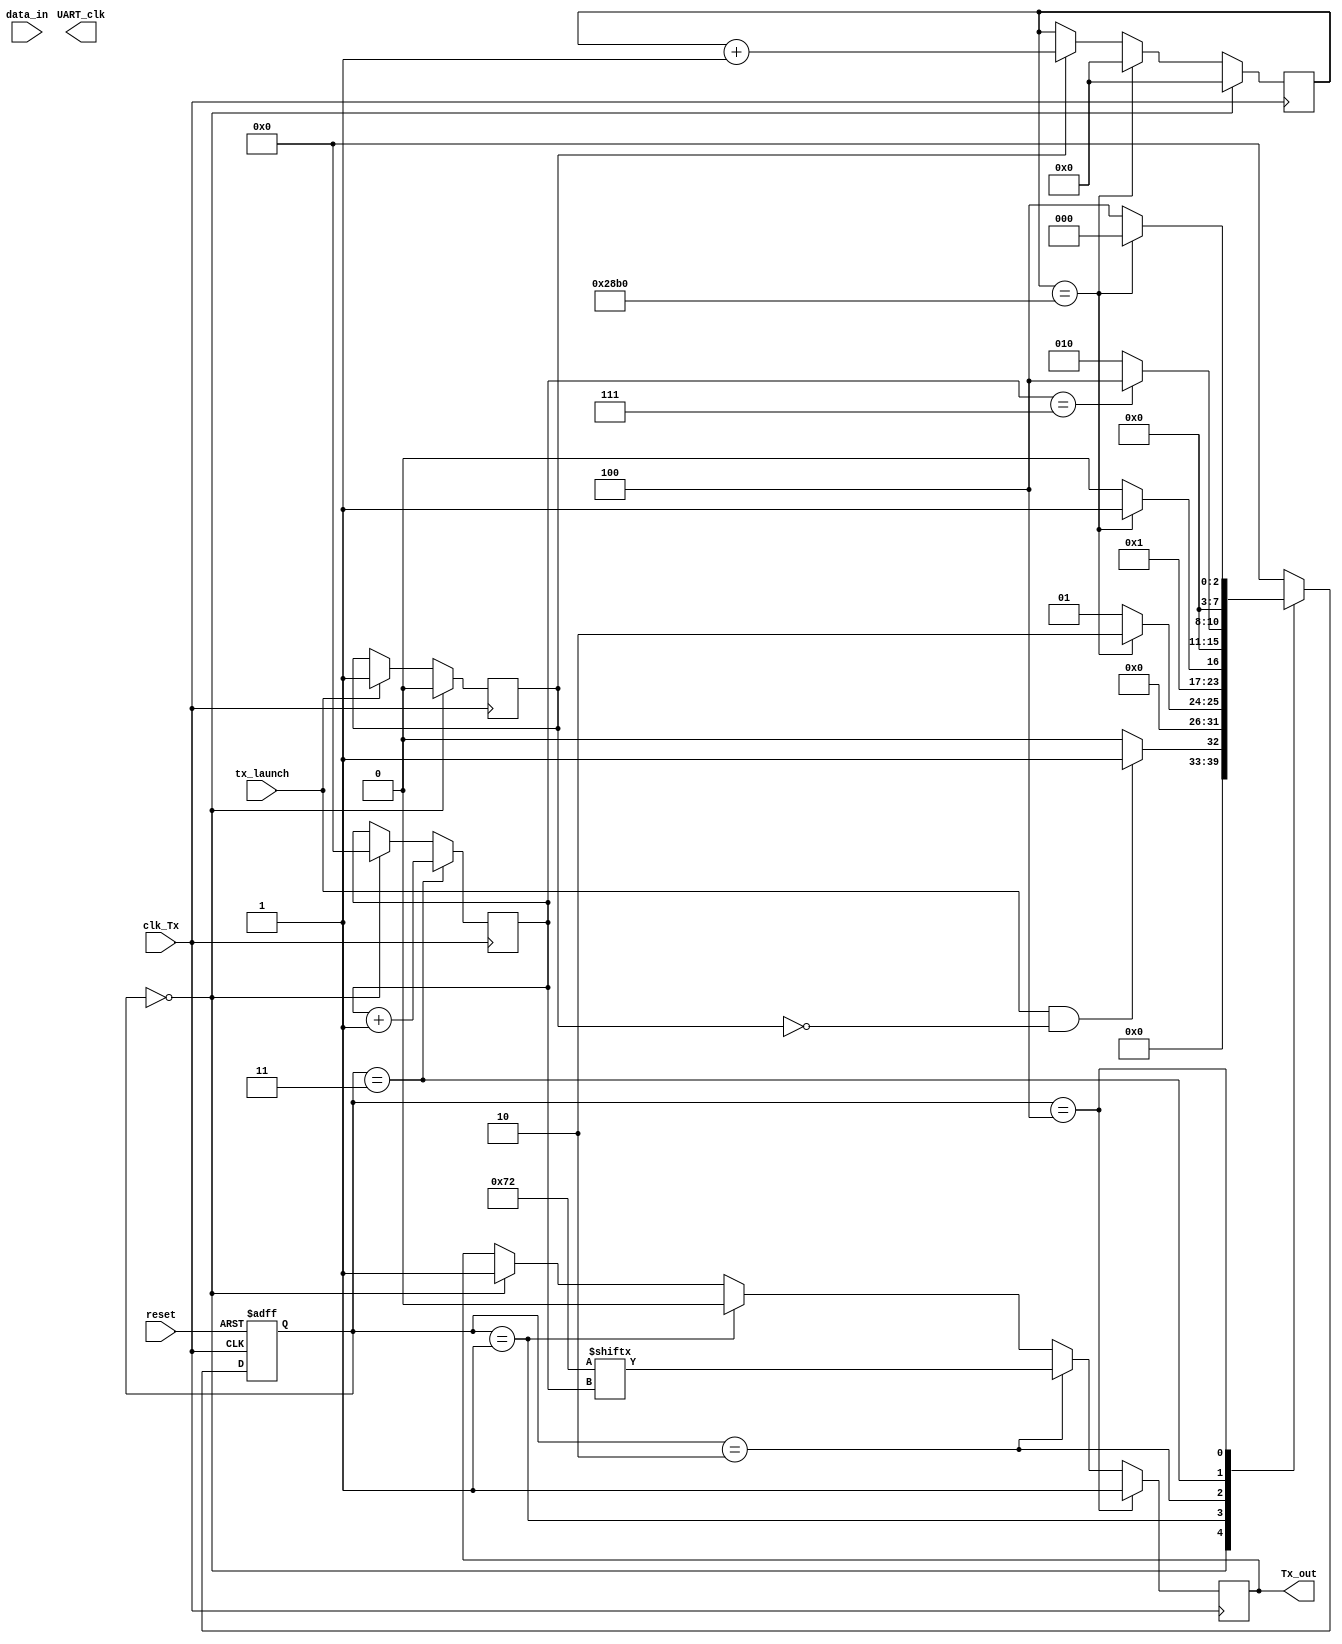
///////////////////////////////////////////////////////////
// Name File : UART_Tx.v 											//
// Autor : Dyomkin Pavel Mikhailovich 							//
// Company : GSC RF TRINITI										//
// Description : UART Tx module								  	//
// Start design : 01.04.2021 										//
// Last revision : 23.11.2021 									//
///////////////////////////////////////////////////////////
module UART_Tx (input clk_Tx, tx_launch, reset,							// TX_LAUNCH is button or condition for transmit
					 input [7:0] data_in,
					 output reg UART_clk,		
					 output reg	Tx_out                           

					 );
					 
parameter Fclk = 100 * 1000000;			
parameter Fuart = 9600;								 	
parameter divider	= ((Fclk / ((Fuart * 2) - 1)) * 2); 

reg [7:0] state;	
reg [7:0] next_state;
reg [7:0] state_cnt;


localparam IDLE 							= 8'd0;
localparam START_BIT						= 8'd1;
localparam SET_DATA_BIT					= 8'd2;
localparam DEC_BIT_CNT					= 8'd3;
localparam STOP_TRANSMIT				= 8'd4;


reg transmit_flg;
initial transmit_flg <= 1'b0;


reg [24:0] cnt;
initial cnt <= 1'b0;	

reg [7:0] bit_cnt;
initial bit_cnt <= 8'd0;
reg [7:0] data_for_transmit;
initial data_for_transmit <= 8'b01110010;		// "r" = 8'b01110010

initial Tx_out <= 1'b1;
			
always @* 	
		
		case (state)
			
			IDLE:
						
				
				if (tx_launch == 1'b1 && transmit_flg == 1'b0) begin
					next_state <= START_BIT;
				end
				
				else begin
					next_state <= IDLE;
				end
				
				
			START_BIT:	
			
				if (cnt == 24'd10416) begin
					next_state <= SET_DATA_BIT;
				end
				
				else begin
					next_state <= START_BIT;
				end
				
			SET_DATA_BIT:	
			
				if (cnt == 24'd10416) begin
					next_state <= DEC_BIT_CNT;
				end
				
				else begin
					next_state <= SET_DATA_BIT;
				end				
			
			DEC_BIT_CNT:
				
				if (bit_cnt == 8'd7) begin
					next_state <= STOP_TRANSMIT;
				end
				
				else begin
					next_state <= SET_DATA_BIT;
				end
			
			STOP_TRANSMIT:

				if (cnt == 24'd10416) begin
					next_state <= IDLE;
				end
				
				else begin
					next_state <= STOP_TRANSMIT;
				end
		
				
				
			default:
				next_state <= IDLE;
		
		endcase
		
		
always @(posedge clk_Tx) begin
	
	if (tx_launch == 1'b1) begin
		transmit_flg <= 1'b1;
	end
	
	if (transmit_flg == 1'b1) begin
		cnt <= cnt + 1'b1;
	end
	
	if (cnt == 24'd10416) begin
		cnt <= 1'b0;
	end
	
	if (state == IDLE) begin
		cnt <= 1'b0;
		transmit_flg <= 1'b0;
		bit_cnt <= 1'b0;
		Tx_out <= 1'b1;
	end
	
	if (state == START_BIT) begin
		Tx_out <= 1'b0;
	end
	
	if (state == SET_DATA_BIT) begin
		Tx_out <= data_for_transmit[bit_cnt];
	end
	
	if (state == DEC_BIT_CNT) begin
		bit_cnt <= bit_cnt + 1'b1;
	end
	
	if (state == STOP_TRANSMIT) begin
		Tx_out <= 1'b1;
	end
	
	
	
end	


always @(posedge clk_Tx or negedge reset) begin 
	
	
	if(!reset) begin
		state <= IDLE;
	end
	
	else begin
		state <= next_state;
	end
end		

	
	
endmodule


//data_out <=  {data_out[7:0], Rx_in}; shift reg